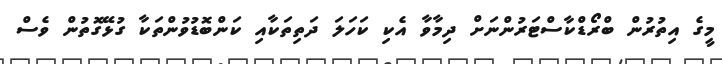
މީގެ އިތުރުން ބްރޯޑްކާސްޓަރުންނަށް ދިމާވާ އެކި ކަހަލަ ދަތިތަކާއި ކަންބޮޑުވުންތަކާ ގުޅޭގޮތުން ވެސް